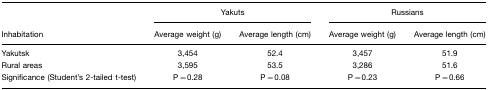
<table><thead><tr><td></td><td colspan="2"><b>Yakuts</b></td><td colspan="2"><b>Russians</b></td></tr><tr><td><b>Inhabitation</b></td><td><b>Average weight (g)</b></td><td><b>Average length (cm)</b></td><td><b>Average weight (g)</b></td><td><b>Average length (cm)</b></td></tr></thead><tbody><tr><td>Yakutsk</td><td>3,454</td><td>52.4</td><td>3,457</td><td>51.9</td></tr><tr><td>Rural areas</td><td>3,595</td><td>53.5</td><td>3,286</td><td>51.6</td></tr><tr><td>Significance (Student&#x27;s 2-tailed t-test)</td><td>P=0.28</td><td>P=0.08</td><td>P=0.23</td><td>P=0.66</td></tr></tbody></table>